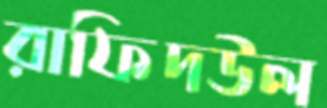
রাফিদউল